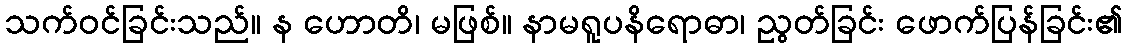
သက်ဝင်ခြင်းသည်။ န ဟောတိ၊ မဖြစ်။ နာမရူပနိရောဓာ၊ ညွတ်ခြင်း ဖောက်ပြန်ခြင်း၏